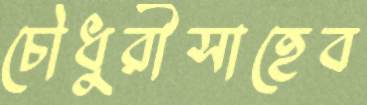
চৌধুরীসাহেব